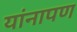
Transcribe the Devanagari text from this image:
यांनापण